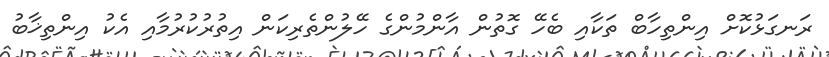
ރަނގަޅުކޮށް އިންތިހާބް ތަކާއި ބެހޭ ގޮތުން އާންމުންގެ ހޭލުންތެރިކަން އިތުރުކުރުމާއި އެކު އިންތިޚާބު